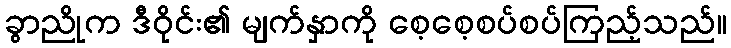
ခွာညိုက ဒီဝိုင်း၏ မျက်နှာကို စေ့စေ့စပ်စပ်ကြည့်သည်။